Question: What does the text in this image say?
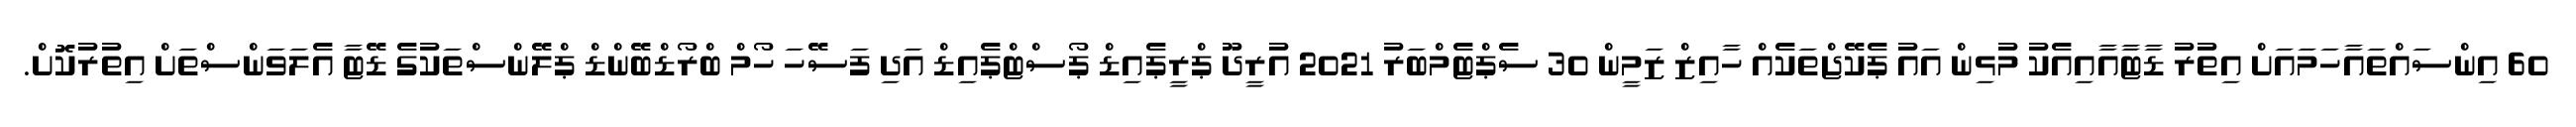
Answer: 60 އިންސައްތައާހަމައަށް އިތުރު ޑާޓާއާއިއެކު މުޅިން އައު ޕެކޭޖްތަކެއް ހާއިޒް ޒަމީން 30 ސެޕްޓެމްބަރު 2021 އުރީދޫ ޕްރީޕެއިޑް ޕޯސްޓްޕެއިޑް އަދި ފަސޭހަ ހޯމް ބްރޯޑްބޭންޑް ޕްލޭންސްތަކުގެ ޑޭޓާ އެލަވަންސްތަށް އިތުރުކޮށް.